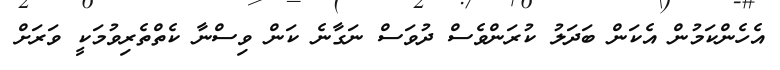
އެހެންކަމުން އެކަން ބަދަލު ކުރަންވެސް ދުވަސް ނަގާނެ ކަން ވިސްނާ ކެތްތެރިވުމަކީ ވަރަށް